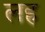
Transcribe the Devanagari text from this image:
लह